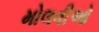
મોલવીઓ